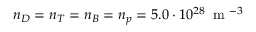
n _ { D } = n _ { T } = n _ { B } = n _ { p } = 5 . 0 \cdot 1 0 ^ { 2 8 } \, \mathrm { ~ m ~ } ^ { - 3 }